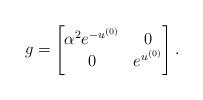
LaTeX: \begin{align*}g = \left[ \begin{matrix} \alpha^2 e^{-u^{(0)}} & 0 \\ 0 & e^{u^{(0)}} \end{matrix}\right] .\end{align*}